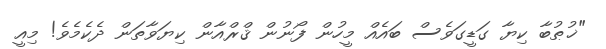
"ޚުޠުބާ ކިޔާ ގަޑީގަވެސް ބައެއް މީހުން ފޯނުން ޤްރްއާން ކިޔަވާތަން ދެކެމެވެ! މިއީ